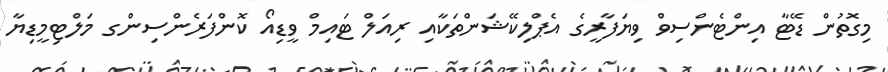
މިގޮތުން ޑޭޓާ އިންޓެންސިވް ވިޔަފާރީގެ އެޕްލިކޭޝަންތަކާއި ރިއަލް ޓައިމް ވީޑިއޯ ކޮންފަރެންސިންގ މަލްޓިމީޑިޔާ